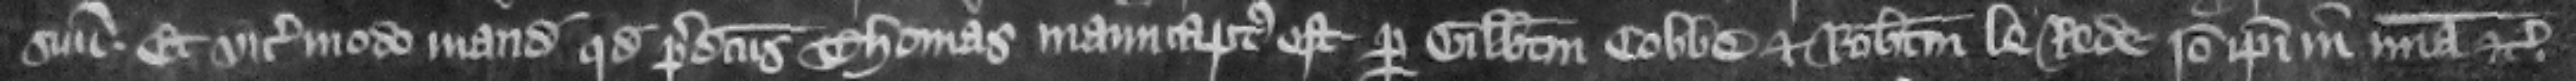
suum. Et vicecomes modo mandate quod predicts Thomas manucaptus est per Gilbertum Cobbe et Robertum le Rede. Ideo ipsi in misericordia etc.